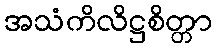
အသံကိလိဋ္ဌစိတ္တာ